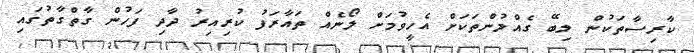
ކާރިސާތަކުން ލިބޭ ގެއްލުންތަކަށް އެހީވުމަށް ލޯނެއް ތައާރަފު ކުރިއިރު ދާދި ފަހުން ގާތްގާތުގައި